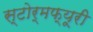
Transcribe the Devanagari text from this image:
स्टोर्मफ्यूरी